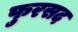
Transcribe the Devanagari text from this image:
फुरसद